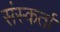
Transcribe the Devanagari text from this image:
संस्कर्ता